Annual administration report of the Civil Veterinary Department of India - 1905-1906
Year: 1905
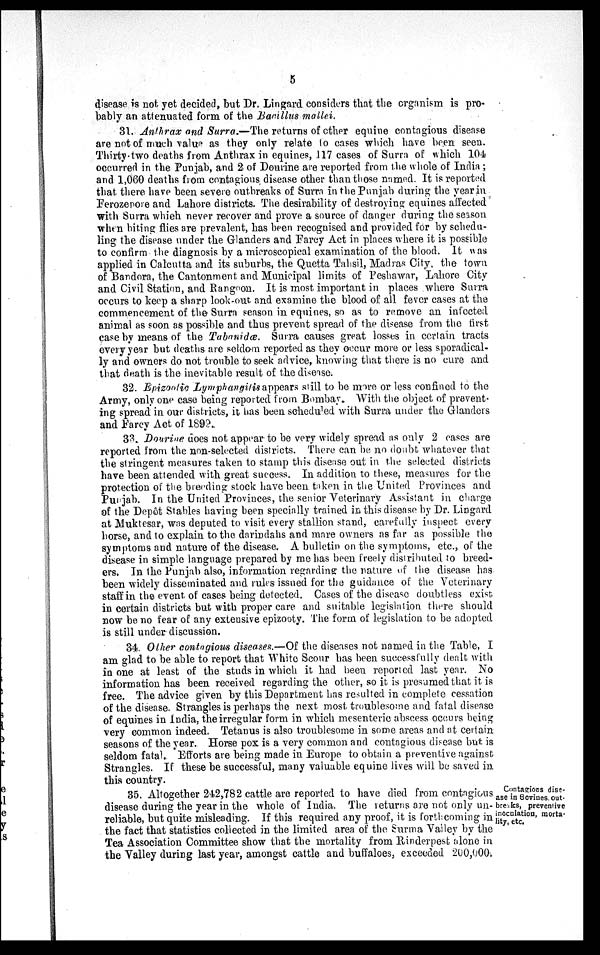
5
disease is not yet decided, but Dr. Lingard considers that the organism is pro-
bably an attenuated form of the Bacillus mallei.
31. Anthrax and Surra.—The returns of other equine contagious disease
are not of much value as they only relate to cases which have been seen.
Thirty-two deaths from Anthrax in equines, 117 cases of Surra of which 104
occurred in the Punjab, and 2 of Dourine are reported from the whole of India;
and 1,060 deaths from contagious disease other than those named. It is reported
that there have been severe outbreaks of Surra in the Punjab during the year in
Ferozepore and Lahore districts. The desirability of destroying equines affected
with Surra which never recover and prove a source of danger during the season
when biting flies are prevalent, has been recognised and provided for by schedu-
ling the disease under the Glanders and Farcy Act in places where it is possible
to confirm the diagnosis by a microscopical examination of the blood. It was
applied in Calcutta and its suburbs, the Quetta Tahsil, Madras City, the town
of Bandora, the Cantonment and Municipal limits of Peshawar, Lahore City
and Civil Station, and Rangoon. It is most important in places where Surra
occurs to keep a sharp look-out and examine the blood of all fever cases at the
commencement of the Surra season in equines, so as to remove an infected
animal as soon as possible and thus prevent spread of the disease from the first
case by means of the Tabanidæ. Surra causes great losses in certain tracts
every year but deaths are seldom reported as they occur more or less sporadical-
ly and owners do not trouble to seek advice, knowing that there is no cure and
that death is the inevitable result of the disease.
32. Epizootic Lymphangitis appears still to be more or less confined to the
Army, only one case being reported from Bombay. With the object of prevent-
ing spread in our districts, it has been scheduled with Surra under the Glanders
and Farcy Act of 1899.
33. Dourine does not appear to be very widely spread as only 2 cases are
reported from the non-selected districts. There can be no doubt whatever that
the stringent measures taken to stamp this disease out in the selected districts
have been attended with great success. In addition to these, measures for the
protection of the breeding stock have been taken in the United Provinces and
Punjab. In the United Provinces, the senior Veterinary Assistant in charge
of the Depôt Stables having been specially trained in this disease by Dr. Lingard
at Muktesar, was deputed to visit every stallion stand, carefully inspect every
horse, and to explain to the darindahs and mare owners as far as possible the
symptoms and nature of the disease. A bulletin on the symptoms, etc., of the
disease in simple language prepared by me has been freely distributed to breed-
ers. In the Punjab also, information regarding the nature of the disease has
been widely disseminated and rules issued for the guidance of the Veterinary
staff in the event of cases being detected. Cases of the disease doubtless exist
in certain districts but with proper care and suitable legislation there should
now be no fear of any extensive epizooty. The form of legislation to be adopted
is still under discussion.
34. Other contagious diseases.—Of the diseases not named in the Table, I
am glad to be able to report that White Scour has been successfully dealt with
in one at least of the studs in which it had been reported last year. No
information has been received regarding the other, so it is presumed that it is
free. The advice given by this Department has resulted in complete cessation
of the disease. Strangles is perhaps the next most troublesome and fatal disease
of equines in India, the irregular form in which mesenteric abscess occurs being
very common indeed. Tetanus is also troublesome in some areas and at certain
seasons of the year. Horse pox is a very common and contagious disease but is
seldom fatal. Efforts are being made in Europe to obtain a preventive against
Strangles. If these be successful, many valuable equine lives will be saved in
this country.
Contagions dise-
ase in Bovines. out-
breaks, preventive
inoculation, morta-
lity, etc.
35. Altogether 242,782 cattle are reported to have died from contagious
disease during the year in the whole of India. The returns are not only un-
reliable, but quite misleading. If this required any proof, it is forthcoming in
the fact that statistics collected in the limited area of the Surma Valley by the
Tea Association Committee show that the mortality from Rinderpest alone in
the Valley during last year, amongst cattle and buffaloes, exceeded 200,000.